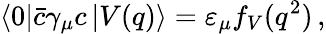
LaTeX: \left\langle 0\right|\bar{c}\gamma_{\mu}c\left|V(q)\right\rangle=\varepsilon_{\mu}f_{V}(q^{2})\, ,